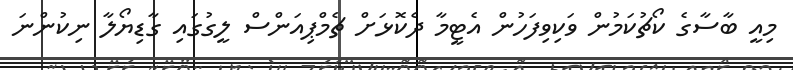
މިއީ ބާސާގެ ކޯޗުކަމުން ވަކިވިފަހުން އެޓީމާ ދެކޮޅަށް ޗެމްޕިއަންސް ލީގުގައި ގާޑިޔޯލާ ނިކުންނަ